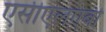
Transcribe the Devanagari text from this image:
एसीएलएबी